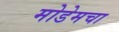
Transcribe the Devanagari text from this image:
मोडेमचा